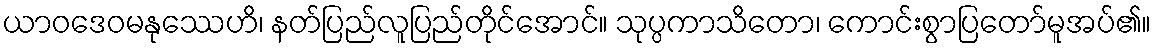
ယာဝဒေဝမနုဿေဟိ၊ နတ်ပြည်လူပြည်တိုင်အောင်။ သုပ္ပကာသိတော၊ ကောင်းစွာပြတော်မူအပ်၏။